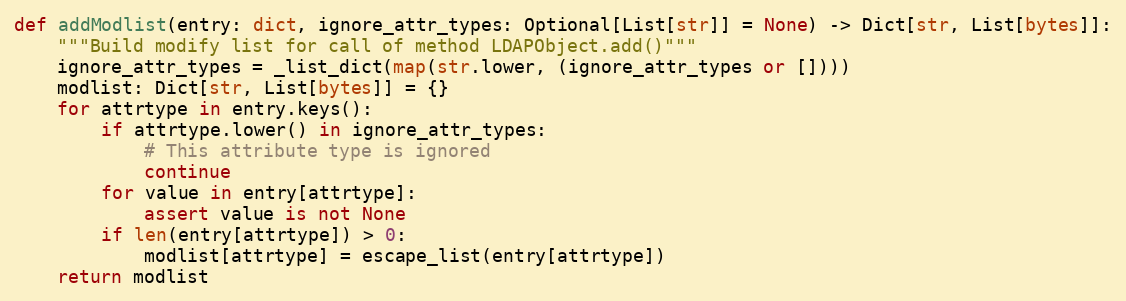
Language: Python
def addModlist(entry: dict, ignore_attr_types: Optional[List[str]] = None) -> Dict[str, List[bytes]]:
    """Build modify list for call of method LDAPObject.add()"""
    ignore_attr_types = _list_dict(map(str.lower, (ignore_attr_types or [])))
    modlist: Dict[str, List[bytes]] = {}
    for attrtype in entry.keys():
        if attrtype.lower() in ignore_attr_types:
            # This attribute type is ignored
            continue
        for value in entry[attrtype]:
            assert value is not None
        if len(entry[attrtype]) > 0:
            modlist[attrtype] = escape_list(entry[attrtype])
    return modlist